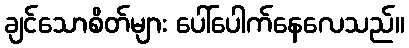
ချင်သောစိတ်များ ပေါ်ပေါက်နေလေသည်။